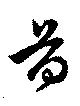
首